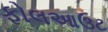
ફોલઆઉટ